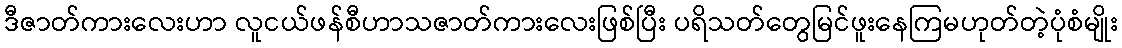
ဒီဇာတ်ကားလေးဟာ လူငယ်ဖန်စီဟာသဇာတ်ကားလေးဖြစ်ပြီး ပရိသတ်တွေမြင်ဖူးနေကြမဟုတ်တဲ့ပုံစံမျိုး